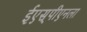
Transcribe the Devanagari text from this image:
ईएस्‌पीएनला